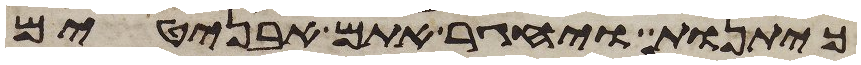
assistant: כיתנות ויחגר אתם אבניטים